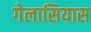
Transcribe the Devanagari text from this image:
गेलासियास